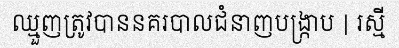
ឈ្មួញត្រូវបាននគរបាលជំនាញបង្ក្រាប | រស្មី